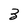
Character: 3